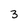
Character: 3